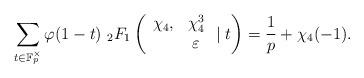
LaTeX: \begin{align*}\sum_{t\in\mathbb{F}_p^\times}\varphi(1-t)~{_2F_1}\left(\begin{array}{cc}\chi_4, & \chi_4^3\\ & \varepsilon\end{array}\mid t\right)=\frac{1}{p}+\chi_4(-1).\end{align*}